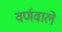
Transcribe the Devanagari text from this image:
वर्णवाले